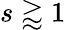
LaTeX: s\gtrapprox 1